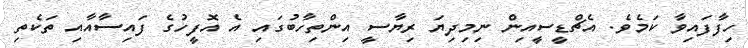
ހިފާފައިވާ ކަމެވެ. އެޗްޑީސީއިން ނިމިދިޔަ ރިޔާސީ އިންތިހާބުގައި އެ އޮފީހުގެ ފައިސާއާއި ތަކެތި